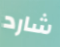
شارد